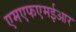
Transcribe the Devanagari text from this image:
एमएफएमईआर